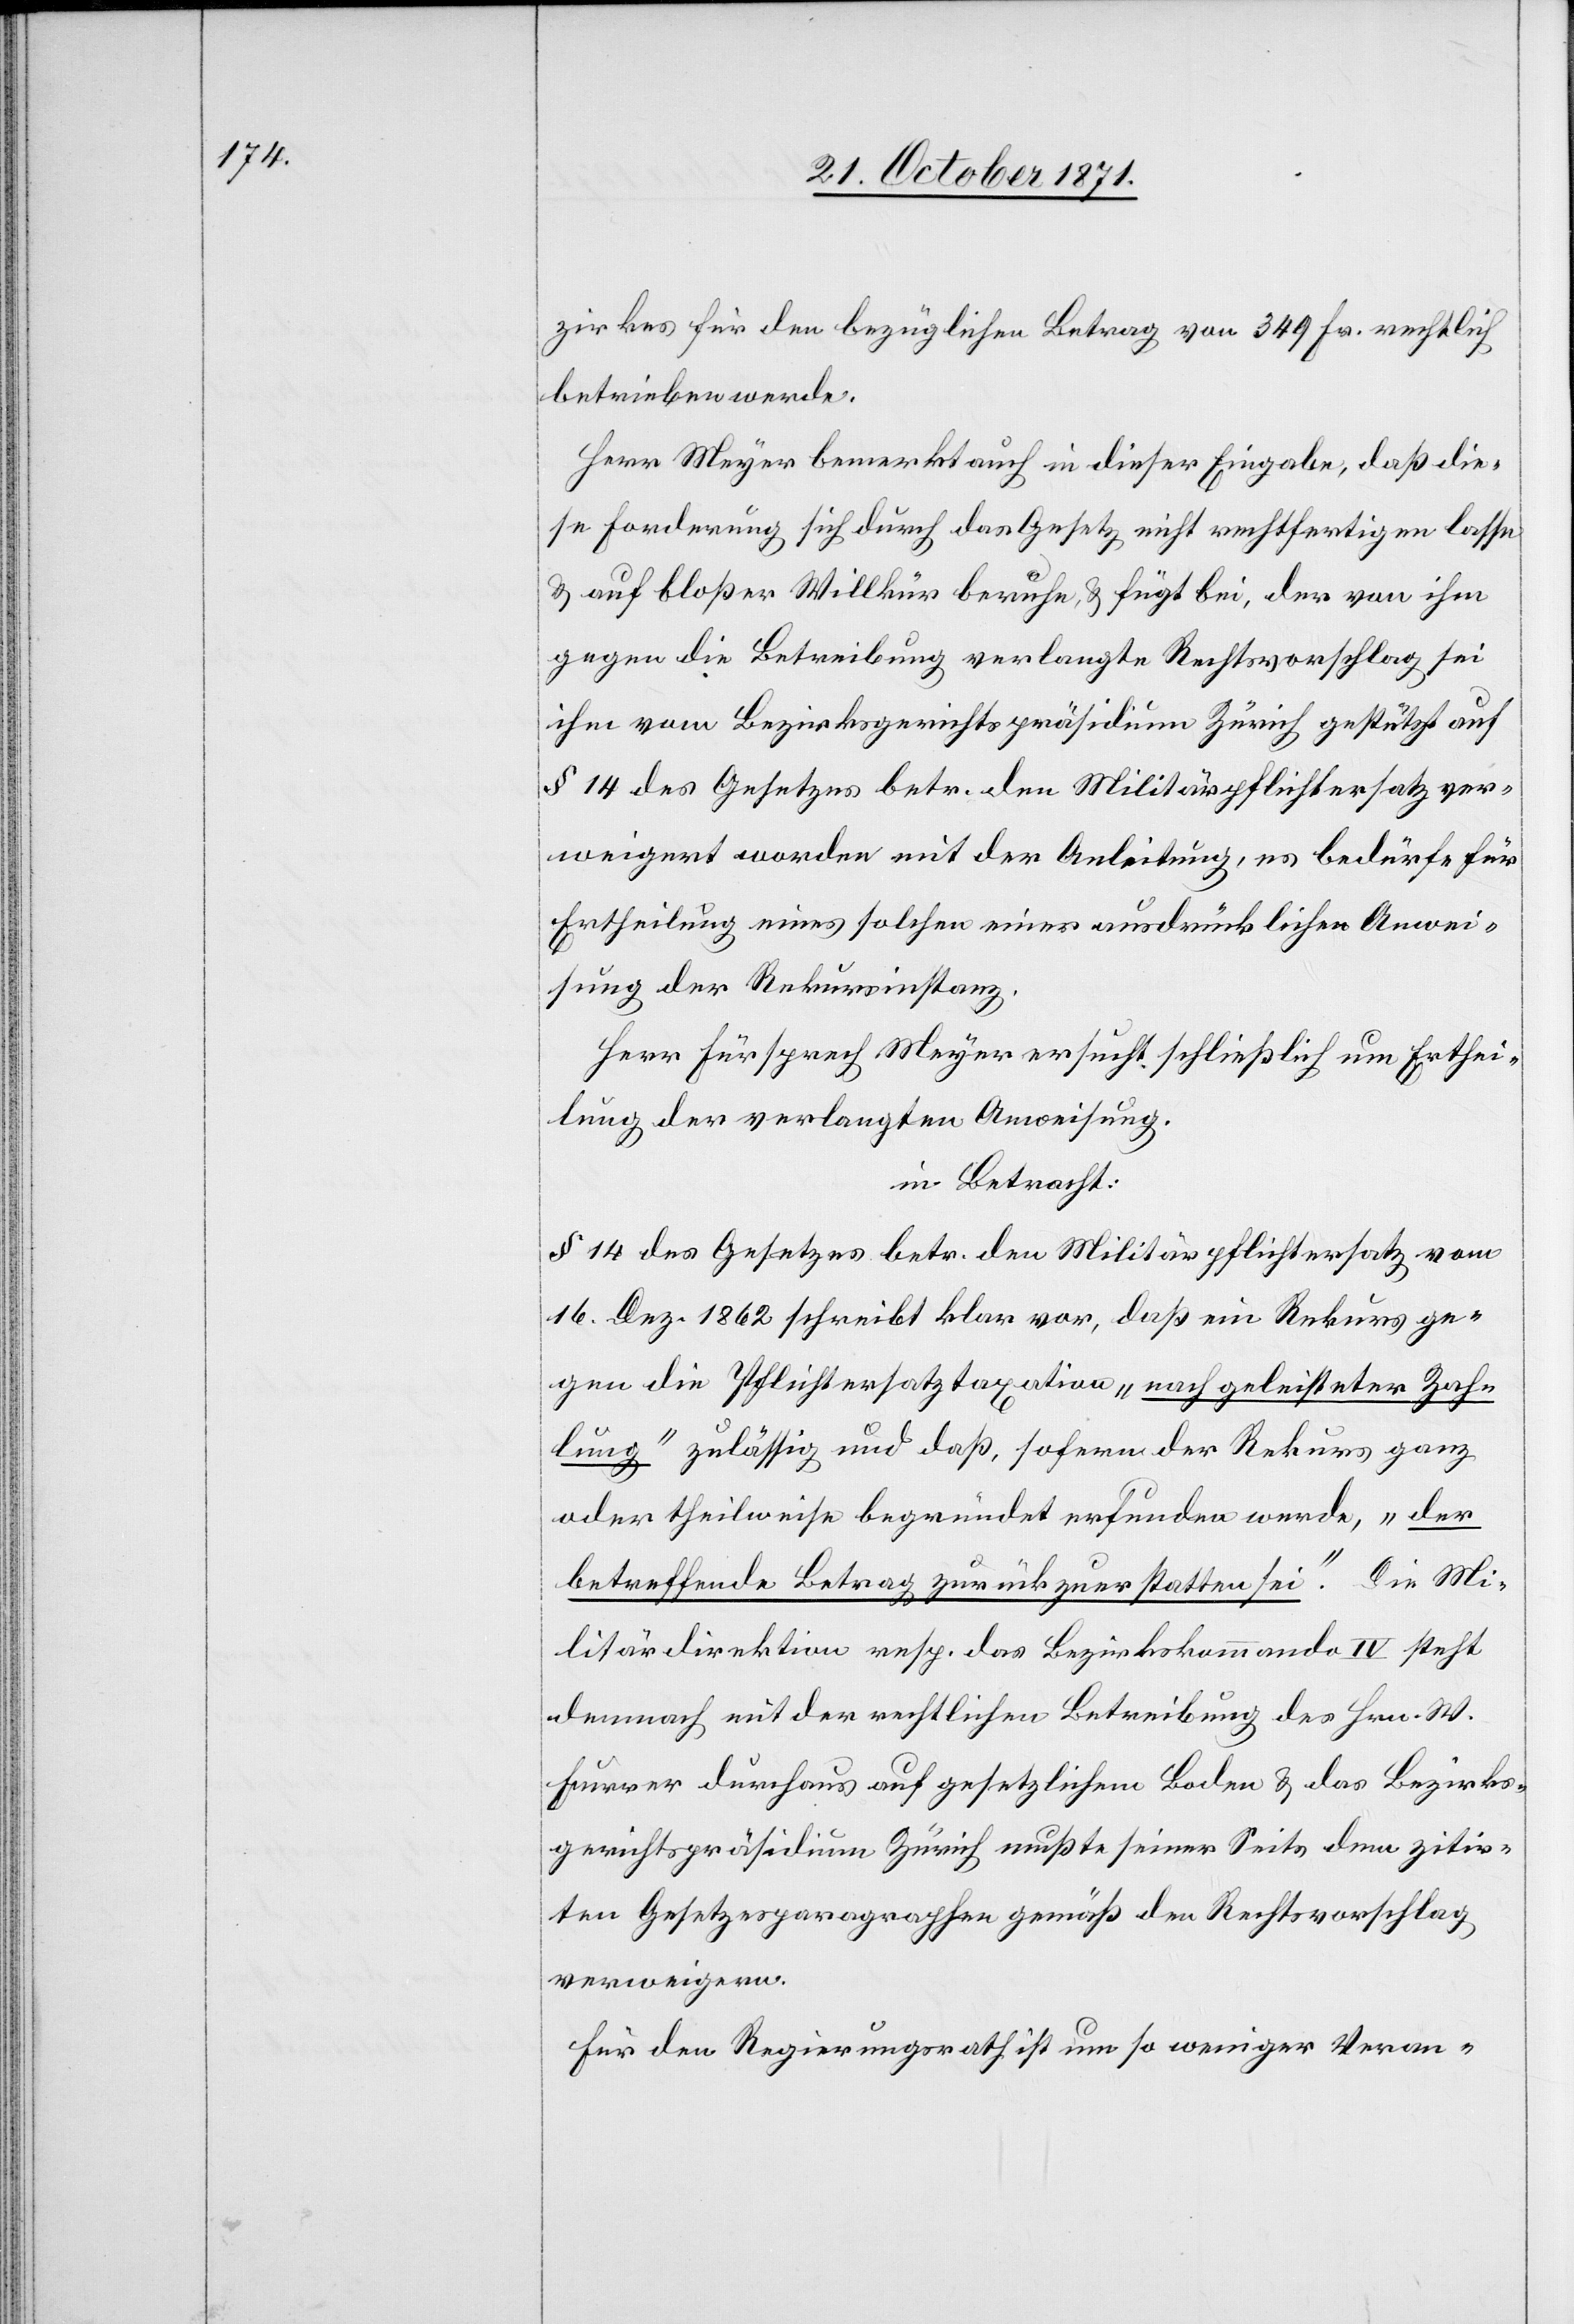
zirkes für den bezüglichen Betrag von 349 Fr. rechtlich
betrieben werde.
Herr Meyer bemerkt auch in dieser Eingabe, daß die¬
se Forderung sich durch das Gesetz nicht rechtfertigen lasse
& auf bloßer Willkür beruhe, & fügt bei, der von ihm
gegen die Betreibung verlangte Rechtsvorschlag sei
ihm vom Bezirksgerichtspräsidium Zürich gestützt auf
§ 14 des Gesetzes betr. den Militärpflichtersatz ver¬
weigert worden mit der Anleitung, es bedürfe für
Ertheilung eines solchen einer ausdrücklichen Anwei¬
sung der Rekursinstanz.
Herr Fürsprech Meyer ersucht schließlich um Erthei¬
lung der verlangten Anweisung.
in Betracht:
§ 14 des Gesetztes betr. den Militärpflichtersatz vom
16. Dez. 1862 schreibt klar vor, daß ein Rekurs ge¬
gen die Pflichtersatztaxation „nach geleisteter Zah¬
lung“ zulässig und daß, sofern der Rekurs ganz
oder theilweise begründet erfunden werde, „der
betreffende Betrag zurückzuerstatten sei“. Die Mi¬
litärdirektion resp. das Bezirkskommando IV steht
demnach mit der rechtlichen Betreibung des Hrn. W.
Furrer durchaus auf gesetzlichem Boden & das Bezirks¬
gerichtspräsidium Zürich musste seiner Seits dem zitir¬
ten Gesetzesparagraphen gemäß den Rechtsvorschlag
verweigern.
Für den Regierungsrath ist um so weniger Veran-